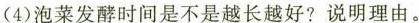
(4)泡菜发酵时间是不是越长越好?说明理由。